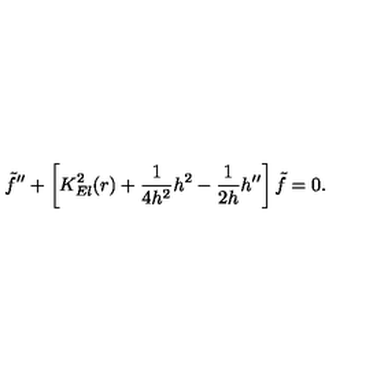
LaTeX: { \tilde { f } } ^ { \prime \prime } + \left[ K _ { E l } ^ { 2 } ( r ) + \frac { 1 } { 4 h ^ { 2 } } h ^ { 2 } - \frac { 1 } { 2 h } h ^ { \prime \prime } \right] { \tilde { f } } = 0 .